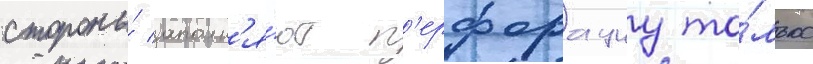
стороны́ заполн'я́ют п'ерфорациу то́лько